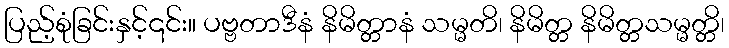
ပြည့်စုံခြင်းနှင့်၎င်း။ ပဗ္ဗတာဒီနံ နိမိတ္တာနံ သမ္မတိ၊ နိမိတ္တ နိမိတ္တသမ္မတ္တိ၊